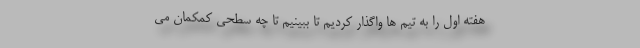
هفته اول را به تیم ها واگذار کردیم تا ببینیم تا چه سطحی کمکمان می